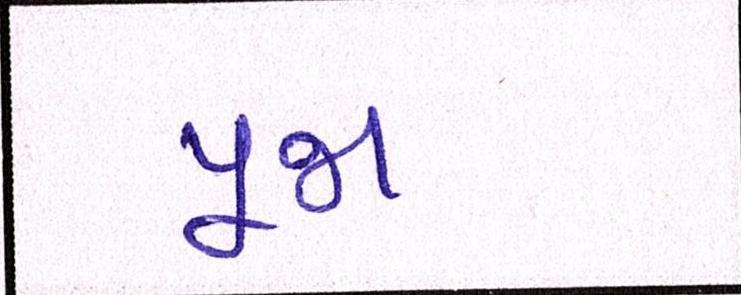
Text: પૂજા